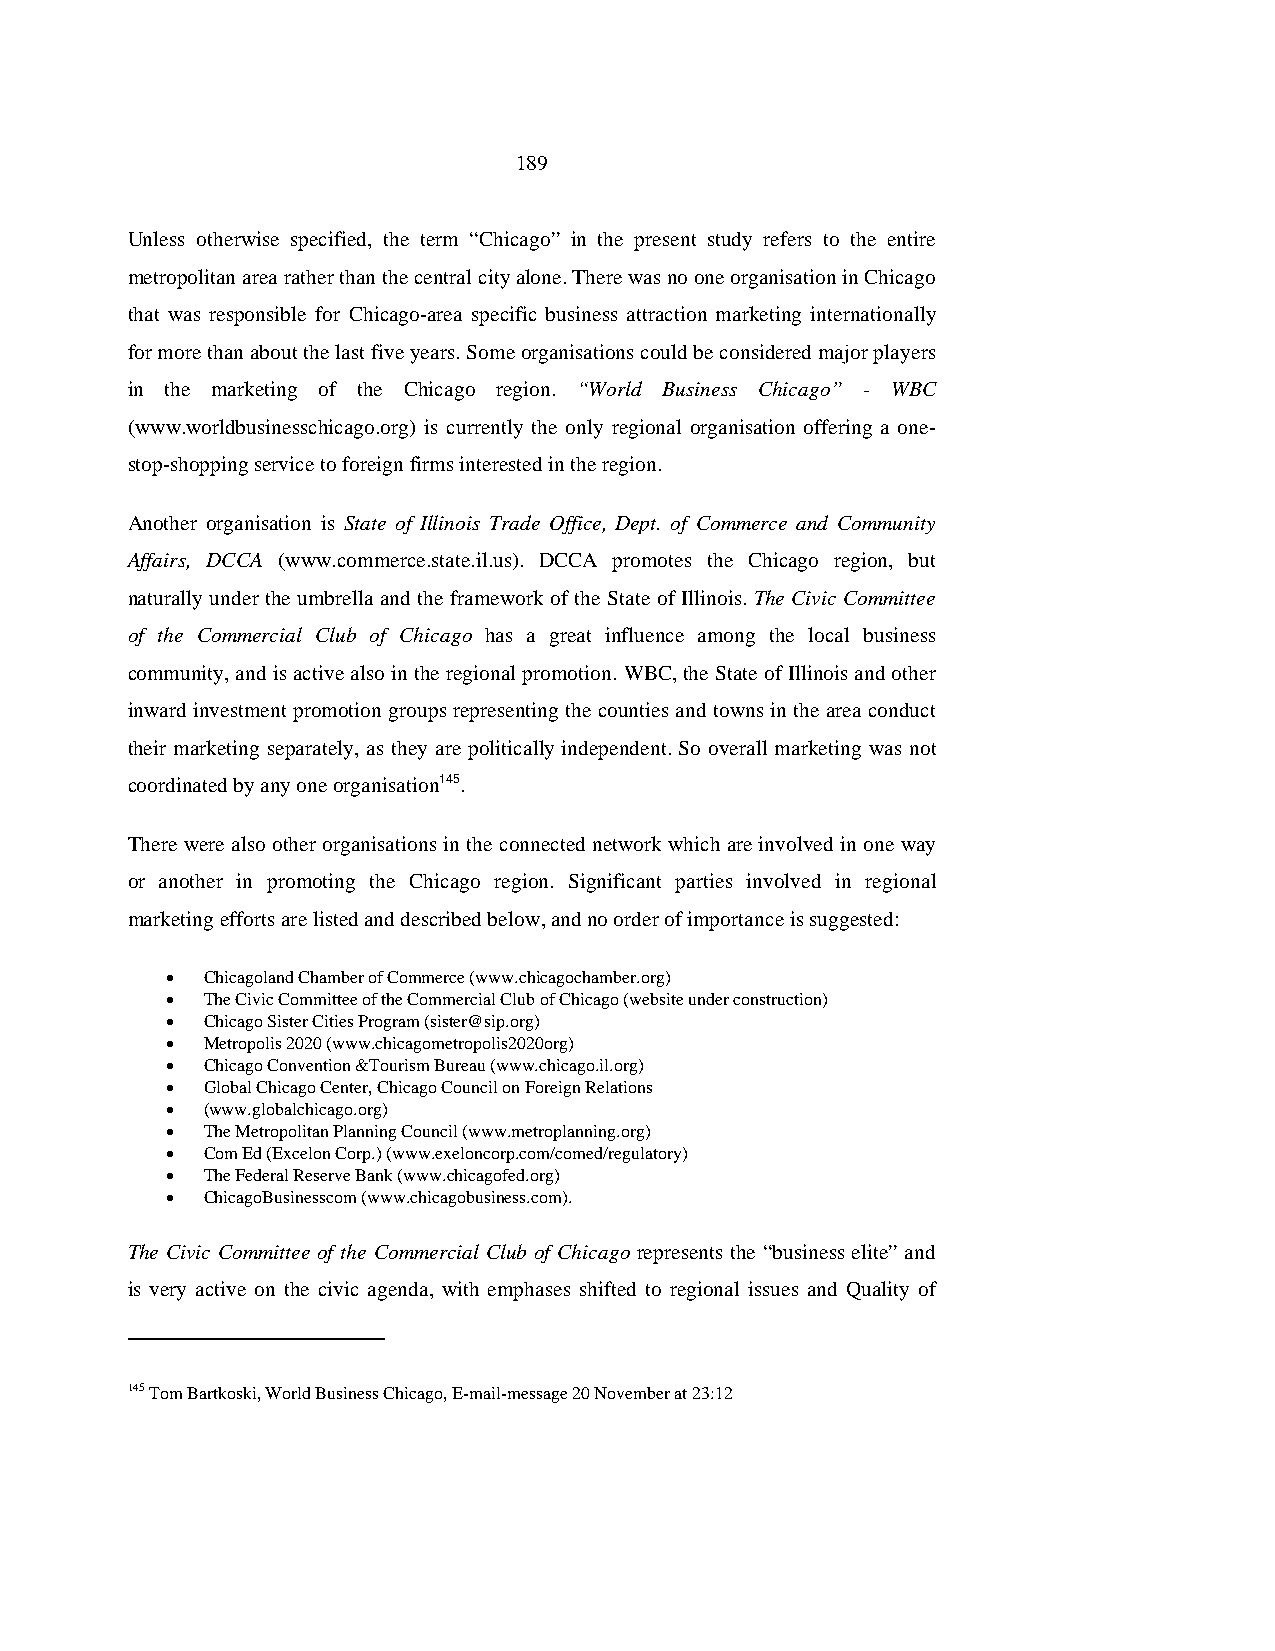
189
 Unless otherwise specified, the term “Chicago” in the present study refers to the entire
 metropolitan area rather than the central city alone. There was no one organisation in Chicago
 that was responsible for Chicago-area specific business attraction marketing internationally
 for more than about the last five years. Some organisations could be considered major players
 in the marketing of the Chicago region. “World Business Chicago” - WBC
 (www.worldbusinesschicago.org) is currently the only regional organisation offering a one-
 stop-shopping service to foreign firms interested in the region.
 Another organisation is State of Illinois Trade Office, Dept. of Commerce and Community
 Affairs, DCCA (www.commerce.state.il.us). DCCA promotes the Chicago region, but
 naturally under the umbrella and the framework of the State of Illinois. The Civic Committee
 of the Commercial Club of Chicago has a great influence among the local business
 community, and is active also in the regional promotion. WBC, the State of Illinois and other
 inward investment promotion groups representing the counties and towns in the area conduct
 their marketing separately, as they are politically independent. So overall marketing was not
 coordinated by any one organisation145.
 There were also other organisations in the connected network which are involved in one way
 or another in promoting the Chicago region. Significant parties involved in regional
 marketing efforts are listed and described below, and no order of importance is suggested:
 • Chicagoland Chamber of Commerce (www.chicagochamber.org)
 • The Civic Committee of the Commercial Club of Chicago (website under construction)
 • Chicago Sister Cities Program (sister@sip.org)
 • Metropolis 2020 (www.chicagometropolis2020org)
 • Chicago Convention &Tourism Bureau (www.chicago.il.org)
 • Global Chicago Center, Chicago Council on Foreign Relations
 • (www.globalchicago.org)
 • The Metropolitan Planning Council (www.metroplanning.org)
 • Com Ed (Excelon Corp.) (www.exeloncorp.com/comed/regulatory)
 • The Federal Reserve Bank (www.chicagofed.org)
 • ChicagoBusinesscom (www.chicagobusiness.com).
 The Civic Committee of the Commercial Club of Chicago represents the “business elite” and
 is very active on the civic agenda, with emphases shifted to regional issues and Quality of
 145 Tom Bartkoski, World Business Chicago, E-mail-message 20 November at 23:12